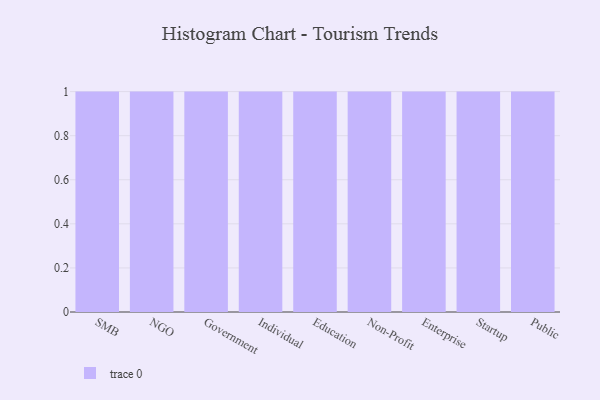
{"axis": {"x": "Segment", "y": "Operating Costs (USD K)"}, "legend": [""], "data": [{"x": "SMB", "y": 54, "type": ""}, {"x": "NGO", "y": 69, "type": ""}, {"x": "Government", "y": 30, "type": ""}, {"x": "Individual", "y": 25, "type": ""}, {"x": "Education", "y": 66, "type": ""}, {"x": "Non-Profit", "y": 94, "type": ""}, {"x": "Enterprise", "y": 8, "type": ""}, {"x": "Startup", "y": 41, "type": ""}, {"x": "Public", "y": 79, "type": ""}]}